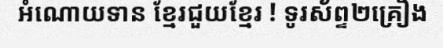
អំណោយទាន ខ្មែរជួយខ្មែរ ! ទូរស័ព្ទ២គ្រឿង